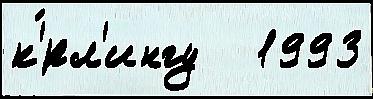
к'́рл'ингу   1993